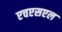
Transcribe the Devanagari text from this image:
एचएसएल